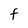
Character: F